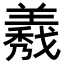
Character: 𦏁